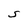
Character: S